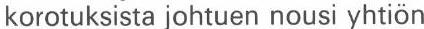
korotuksista johtuen nousi yhtiön